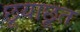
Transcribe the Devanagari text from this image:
छूयाछूत